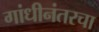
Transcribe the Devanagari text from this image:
गांधीनंतरचा